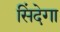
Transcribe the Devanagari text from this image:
सिंदेगा